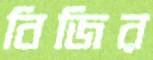
বিজির